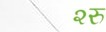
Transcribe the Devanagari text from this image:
२रु